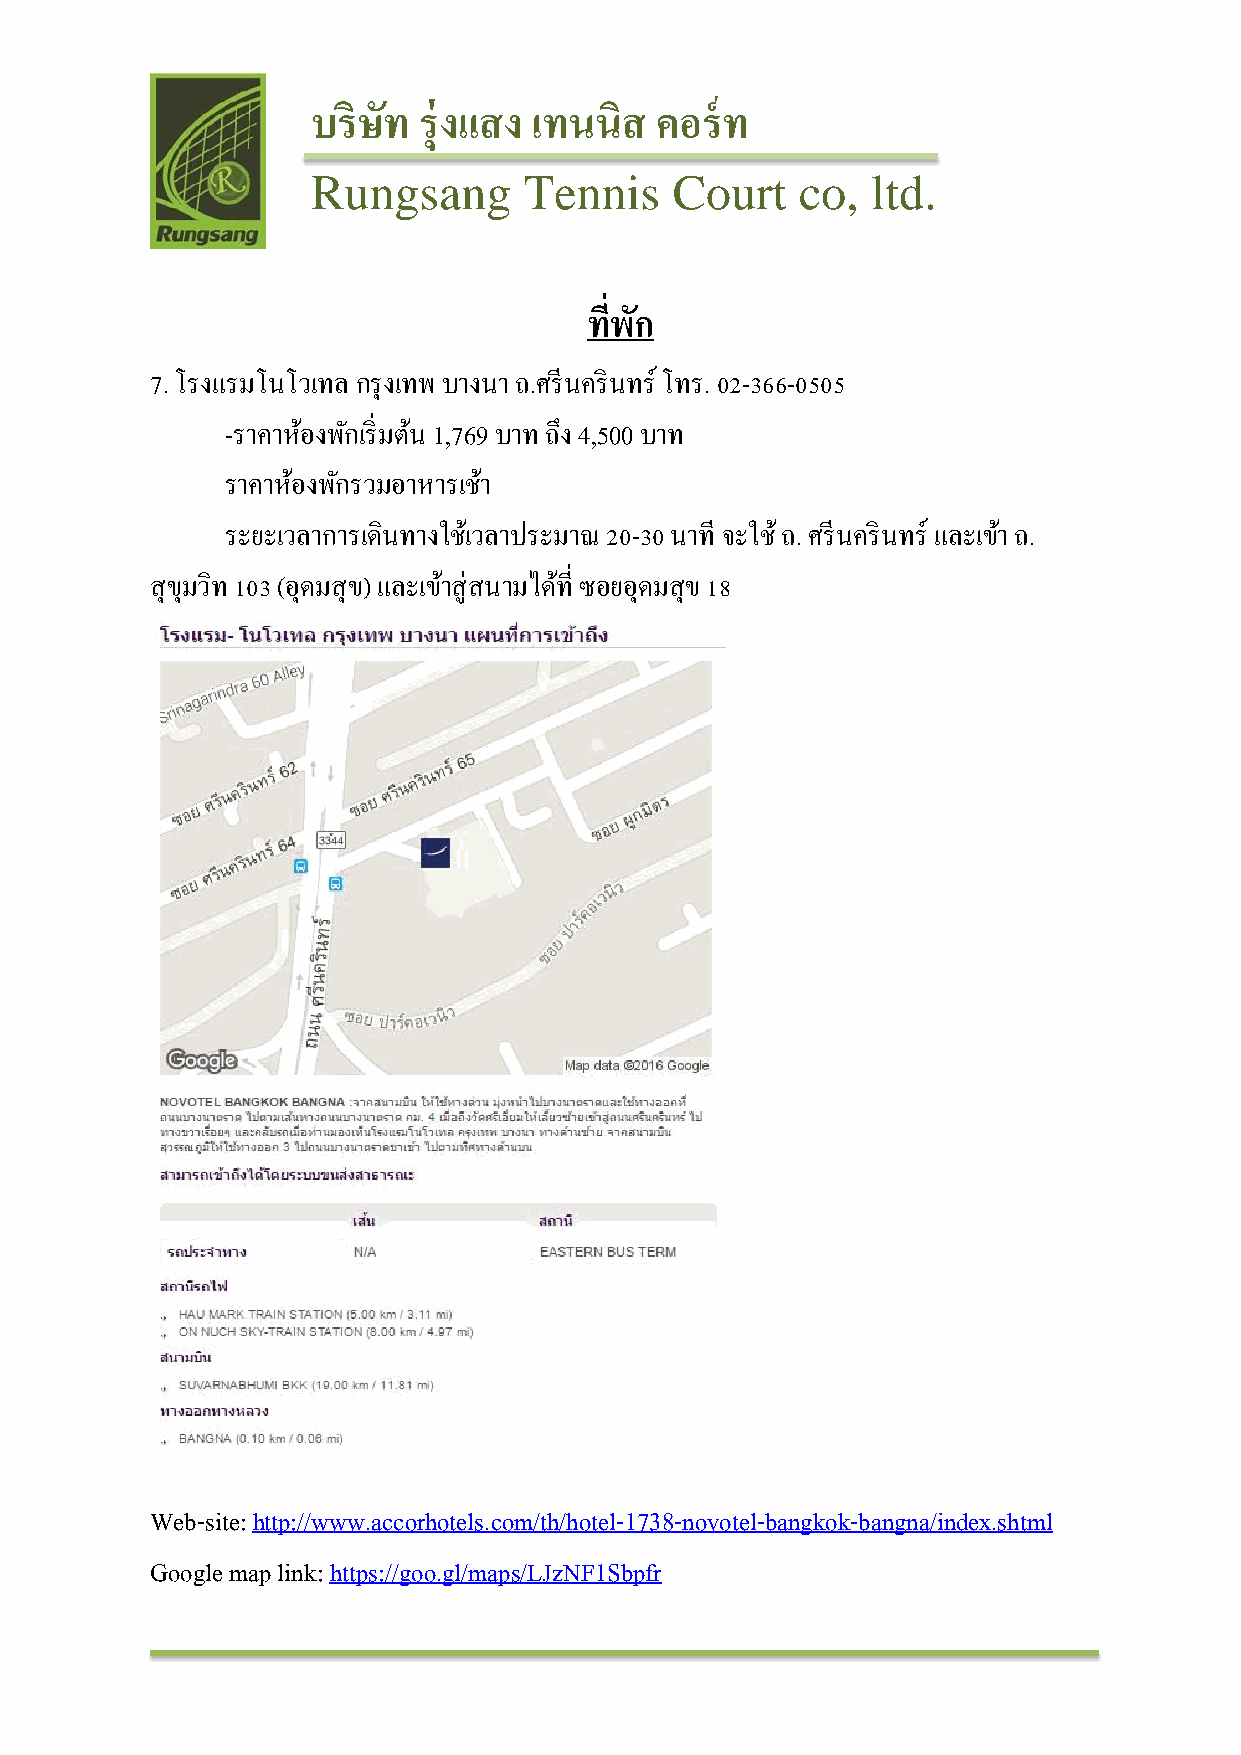
บริษัท รุ่งแสง เทนนิส คอร์ท
 Rungsang      Tennis    Court   co,  ltd.
 ทพี่ กั
 7. โรงแรมโนโวเทล กรุงเทพ บางนา ถ.ศรีนครินทร์ โทร. 02-366-0505
 -ราคาหอ้ งพกั เริ่มตน้ 1,769 บาท ถึง 4,500 บาท
 ราคาหอ้ งพกั รวมอาหารเชา้
 ระยะเวลาการเดินทางใชเ้วลาประมาณ 20-30 นาที จะใช ้ถ. ศรีนครินทร์ และเขา้ ถ.
 สุขมุ วทิ 103 (อุดมสุข) และเขา้ สู่สนามไดท้ ี่ ซอยอุดมสุข 18
 Web-site:http://www.accorhotels.com/th/hotel-1738-novotel-bangkok-bangna/index.shtml
 Google map link: https://goo.gl/maps/LJzNF1Sbpfr